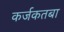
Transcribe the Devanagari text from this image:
कर्जकतबा